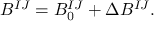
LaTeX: B ^ { I J } = B _ { 0 } ^ { I J } + \Delta B ^ { I J } .